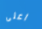
اعلى